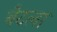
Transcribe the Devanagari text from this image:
बेटला